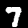
Digit: 7